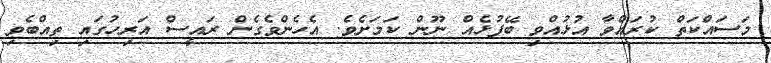
މަސައްކަތް ކުރައްވާ އުޅުއްވި ބޭފުޅެއް ނޫން ކަމަށެވެ. އެހެންވެގެން ރައީސް އަރިހުގައި ތިއްބެވި